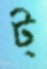
ট্